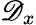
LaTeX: \mathscr{D}_{x}